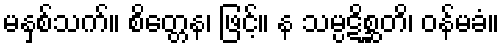
မနှစ်သက်။ စိတ္တေန၊ ဖြင့်။ န သမ္ပဋိစ္ဆတိ၊ ဝန်မခံ။